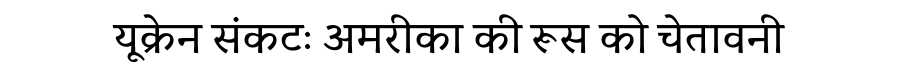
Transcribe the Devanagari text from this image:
यूक्रेन संकटः अमरीका की रूस को चेतावनी